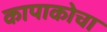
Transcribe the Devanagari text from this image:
कापाकोचा